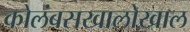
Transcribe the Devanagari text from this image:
कोलंबसखालोखाल